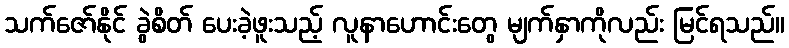
သက်ဇော်နိုင် ခွဲစိတ် ပေးခဲ့ဖူးသည့် လူနာဟောင်းတွေ မျက်နှာကိုလည်း မြင်ရသည်။